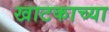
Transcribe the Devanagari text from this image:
खाटकाच्या